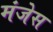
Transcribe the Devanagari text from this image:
मंजेस